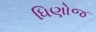
ધિણોજ